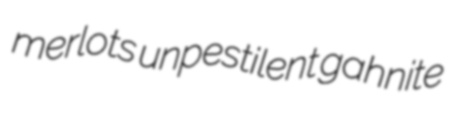
merlots unpestilent gahnite